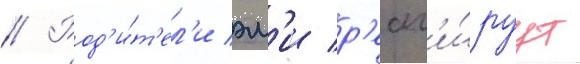
// Род'и́т'ел'и эм'и р'еаг'и́руут